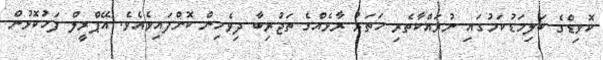
ކޮވިޑްގެ ބަލިމަޑުކަމުގައި ނުރައްކާތެރި ހަތަރު ރާޅެއްގެ ތަޖުރިބާ ދިވެހިން ކޮށްފައިވެއެވެ. އޭޕްރީލް ފަހުކޮޅުން